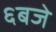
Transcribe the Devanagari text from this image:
६बजे